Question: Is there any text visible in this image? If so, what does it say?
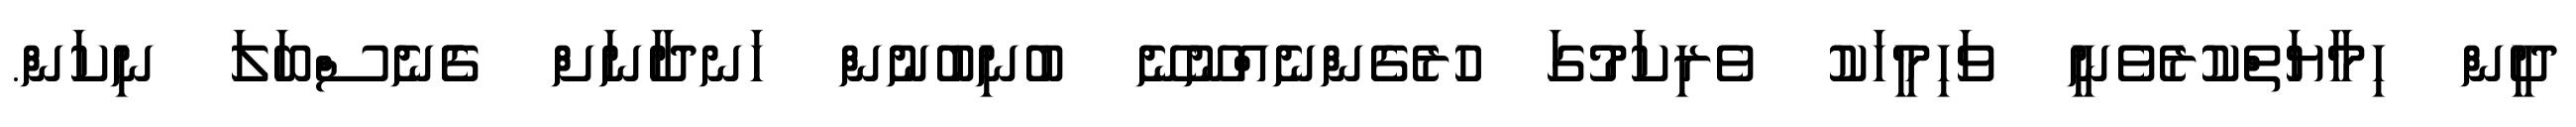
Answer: ދީން ހިމާޔަތްކުރެވެނީ ވަހިމީހަކު ވެރިކަމުގަ ހުރެގެންނެއްނޫނޭ ބުނިބުނުން ހަނދާނަށް ގެެެނެސްބަލަ ނިކަން.